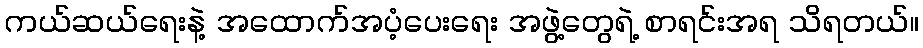
ကယ်ဆယ်ရေးနဲ့ အထောက်အပံ့ပေးရေး အဖွဲ့တွေရဲ့ စာရင်းအရ သိရတယ်။